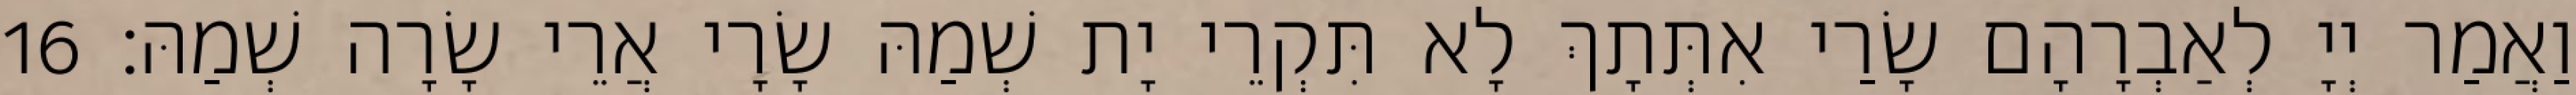
וַאֲמַר יְיָ לְאַבְרָהָם שָׂרַי אִתְּתָךְ לָא תִּקְרֵי יָת שְׁמַהּ שָׂרָי אֲרֵי שָׂרָה שְׁמַהּ׃ 16